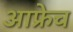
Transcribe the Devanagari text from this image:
आफ्रेच